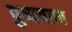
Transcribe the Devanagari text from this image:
पुष्पवाण